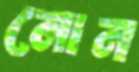
নোন